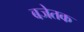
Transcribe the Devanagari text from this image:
बजेतक